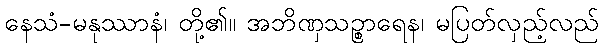
နေသံ-မနုဿာနံ၊ တို့၏။ အဘိဏှသဉ္စာရေန၊ မပြတ်လှည့်လည်